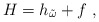
\begin{align*}H=h_{\tilde\omega}+f\ ,\end{align*}